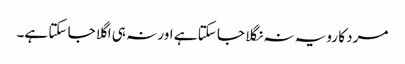
مرد کا رویہ نہ نگلا جا سکتا ہے اور نہ ہی اگلا جا سکتا ہے۔